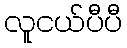
လူငယ်ပီပီ